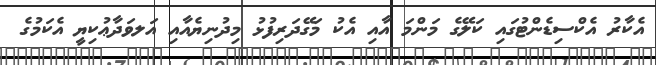
އެކާރު އެކްސިޑެންޓުގައި ކަލޭގެ މަންމަ އާއި އެކު މަގޭދަރިފުޅު މިދުނިޔެއާއިި އަލވަދާޢުކިޔީ އެކަމުގެ